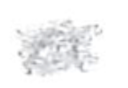
Text: a
Cross-out: scratch
Writing tool: pencil